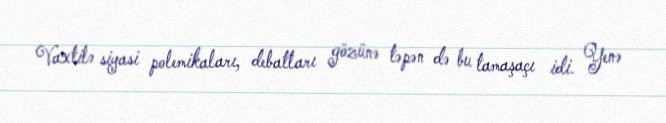
Vaxtilə siyasi polemikaları, debatları gözünə təpən də bu tamaşaçı idi. Yenə